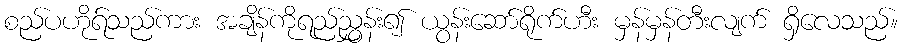
စည်ပဟိုရ်သည်ကား အချိန်ကိုရည်ညွှန်း၍ ယွန်းဆော်ရိုက်ဟီး မှန်မှန်တီးလျက် ရှိလေသည်။